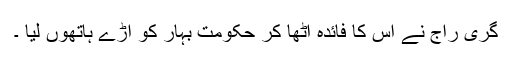
گری راج نے اس کا فائدہ اٹھا کر حکومت بہار کو آڑے ہاتھوں لیا ۔